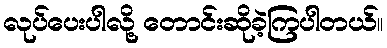
လုပ်ပေးပါလို့ တောင်းဆိုခဲ့ကြပါတယ်။